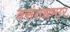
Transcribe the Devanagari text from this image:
वसंतधमार